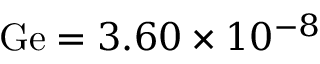
\mathrm { G e } = 3 . 6 0 \times 1 0 ^ { - 8 }